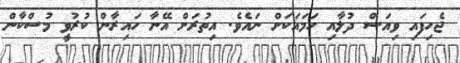
ޖެހިފައި ވިއަސް ދުލާއި ހަމައަކަށް ނައެވެ. އިތުރަށް އޭނާ ހައިރާން ކުރުވީ މުސްކާން